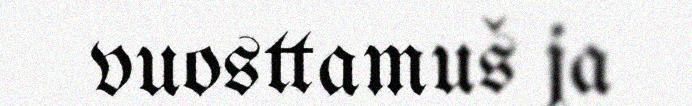
vuosttamuš ja